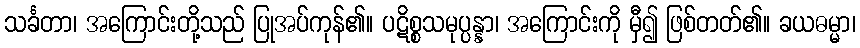
သင်္ခတာ၊ အကြောင်းတို့သည် ပြုအပ်ကုန်၏။ ပဋိစ္စသမုပ္ပန္နာ၊ အကြောင်းကို မှီ၍ ဖြစ်တတ်၏။ ခယဓမ္မာ၊